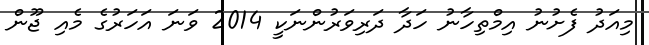
މިއަދު ފެށުނު އިމްތިހާނު ހަދާ ދަރިވަރުންނަކީ 2014 ވަނަ އަހަރުގެ މެއި ޖޫން